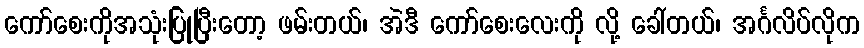
ကော်စေးကိုအသုံးပြုပြီးတော့ ဖမ်းတယ်၊ အဲဒီ ကော်စေးလေးကို လို့ ခေါ်တယ်၊ အင်္ဂလိပ်လိုက